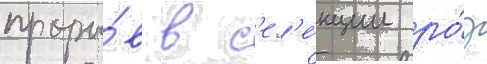
проры́в в с'ел'е́кции ро́з